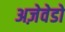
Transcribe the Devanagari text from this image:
अज़ेवेडो